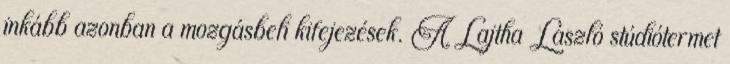
inkább azonban a mozgásbeli kifejezések. A Lajtha László stúdiótermet